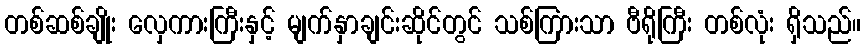
တစ်ဆစ်ချိုး လှေကားကြီးနှင့် မျက်နှာချင်းဆိုင်တွင် သစ်ကြားသာ ဗီရိုကြီး တစ်လုံး ရှိသည်။